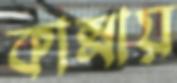
কান্নায়